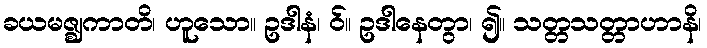
ခယမဇ္ဈကာတိ၊ ဟူသော။ ဥဒါနံ၊ ဝ်။ ဥဒါနေတွာ၊ ၍။ သတ္တသတ္တာဟာနိ၊